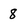
Character: 8